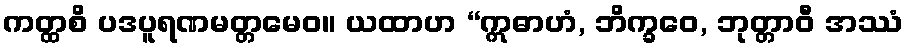
ကတ္ထစိ ပဒပူရဏမတ္တမေဝ။ ယထာဟ “ဣဓာဟံ, ဘိက္ခဝေ, ဘုတ္တာဝီ အဿံ